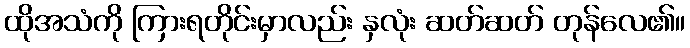
ထိုအသံကို ကြားရတိုင်းမှာလည်း နှလုံး ဆတ်ဆတ် တုန်လေ၏။